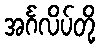
အင်္ဂလိပ်တို့